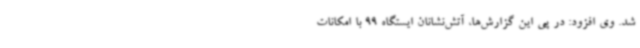
شد. وی افزود: در پی این گزارش‌ها، آتش‌نشانان ایستگاه 99 با امکانات